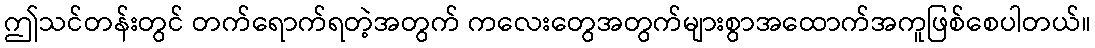
ဤသင်တန်းတွင် တက်ရောက်ရတဲ့အတွက် ကလေးတွေအတွက်များစွာအထောက်အကူဖြစ်စေပါတယ်။